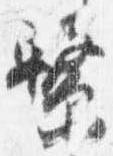
繋